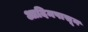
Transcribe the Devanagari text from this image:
आदिमपासून